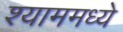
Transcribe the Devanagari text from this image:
श्याममध्ये